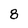
Character: 8